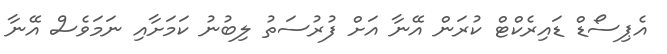
އެޕިސޯޑް ޑައިރެކްޓް ކުރަން އޭނާ އަށް ފުރުސަތު ލިބުނު ކަމަށާއި ނަމަވެސް އޭނާ